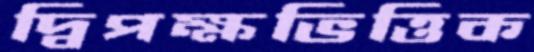
দ্বিপক্ষভিত্তিক